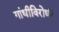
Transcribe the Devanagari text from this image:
गांधीविरोधी